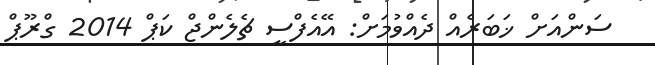
ސަންއަށް ޚަބަރެއް ދެއްވުމަށް: އޭއެފްސީ ޗެލެންޖް ކަޕް 2014 ގްރޫޕް